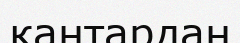
қаңтардан